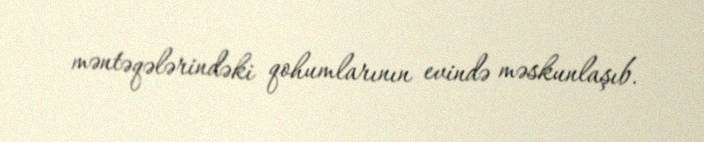
məntəqələrindəki qohumlarının evində məskunlaşıb.